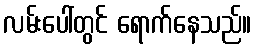
လမ်းပေါ်တွင် ရောက်နေသည်။